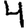
Digit: 4